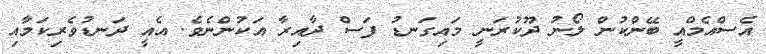
އެސްއެމްއީ ބޭންކުން ލޯނު ދޫކުރަނީ މައިގަނޑު ފަސް ދާއިރާ އަކުންނެވެ. އެއީ ދަނޑުވެރިކަމާއި